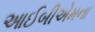
આઈબીએમના